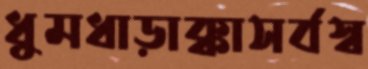
ধুমধাড়াক্কাসর্বস্ব